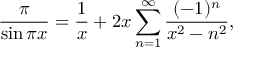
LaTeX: { \frac { \pi } { \sin \pi x } } = { \frac { 1 } { x } } + 2 x \sum _ { n = 1 } ^ { \infty } { \frac { ( - 1 ) ^ { n } } { x ^ { 2 } - n ^ { 2 } } } ,